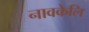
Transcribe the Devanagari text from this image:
नावकेलि